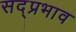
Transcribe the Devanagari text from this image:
सद्प्रभाव